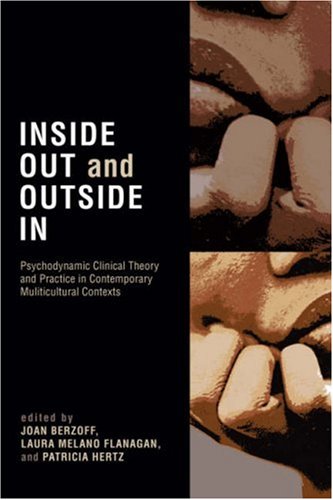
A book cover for Inside Out and Outside In: Psychodynamic Clinical Theory, Practice, and Psychopathology in Multicultural Contexts; Joan Berzoff; Medical Books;